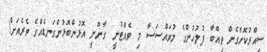
ސިއްރުކޮށްގެން ތިއްބާ ފުލުހުންގެ މުވައްސަސާ މި ވެއްޓުނީ ގާނޫނީ އޮޅުންބޮޅުންގަނޑެއްގެ ތެރެއަށް!